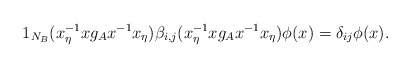
\begin{align*}1_{N_B}(x_{\eta}^{-1} x g_{A}x^{-1}x_{\eta})\beta_{i,j}(x_{\eta}^{-1}x g_{A}x^{-1}x_{\eta})\phi(x) =\delta_{ij}\phi(x).\end{align*}